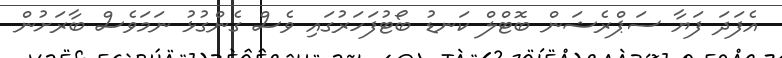
އެފަދަ ފަޔާ ސަޕްރެޝަން ބޮޓްލް ކަނޑު ބޯޓުފަހަރުގައި ވެސް ގެންގުޅު ނަމަވެސް ބާރަށުން